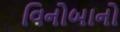
વિનોબાનો